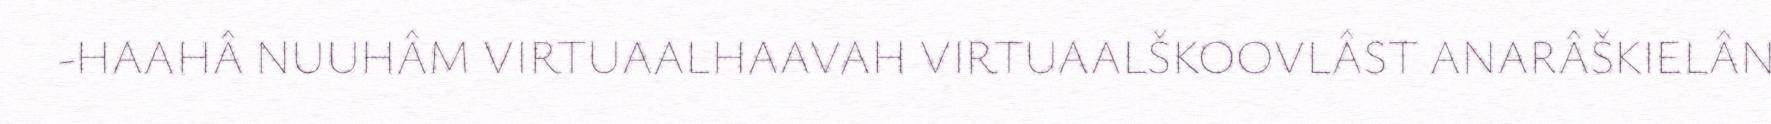
-HAAHÂ NUUHÂM VIRTUAALHAAVAH VIRTUAALŠKOOVLÂST ANARÂŠKIELÂN